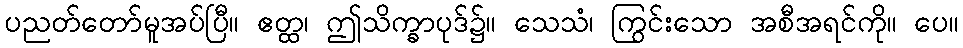
ပညတ်တော်မူအပ်ပြီ။ ဧတ္ထ၊ ဤသိက္ခာပုဒ်၌။ သေသံ၊ ကြွင်းသော အစီအရင်ကို။ ပေ။